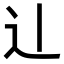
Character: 𫐞